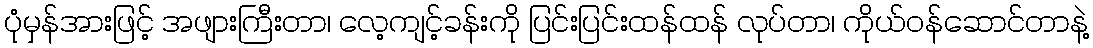
ပုံမှန်အားဖြင့် အဖျားကြီးတာ၊ လေ့ကျင့်ခန်းကို ပြင်းပြင်းထန်ထန် လုပ်တာ၊ ကိုယ်ဝန်ဆောင်တာနဲ့